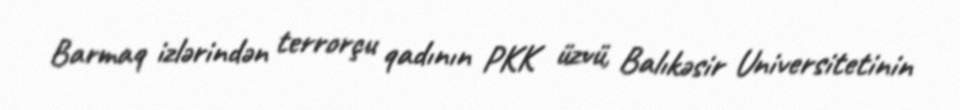
Barmaq izlərindən terrorçu qadının PKK üzvü, Balıkəsir Universitetinin